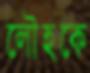
লৌহকে